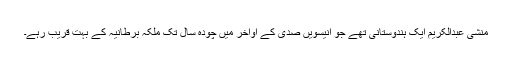
منشی عبدالکریم ایک ہندوستانی تھے جو انیسویں صدی کے اواخر میں چودہ سال تک ملکہ برطانیہ کے بہت قریب رہے۔